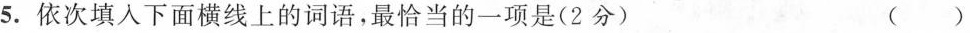
5.依次填入下面横线上的词语，最恰当的一项是(2分) ( )